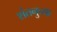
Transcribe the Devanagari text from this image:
शंतनुच्या